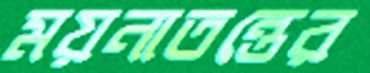
ময়নাতন্তের